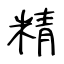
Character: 精